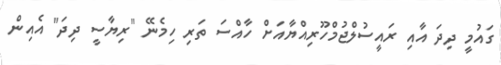
ގައުމީ ދިދަ އާއި ރައީސުލްޖުމްހޫރިއްޔާއަށް ހާއްސަ ތަރި ހިމެނޭ "ރިޔާސީ ދިދަ" އެއިން